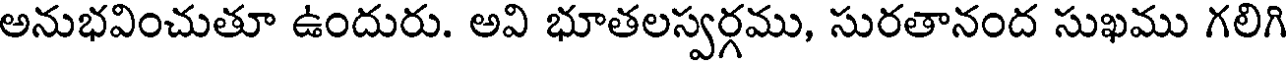
అనుభవించుతూ ఉందురు. అవి భూతలస్వర్గము, సురతానంద సుఖము గలిగి